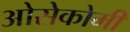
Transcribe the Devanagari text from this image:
ओसेकोमी